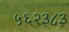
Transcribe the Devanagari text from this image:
५६२३८३